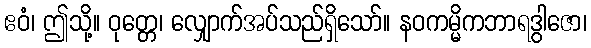
ဧဝံ၊ ဤသို့။ ဝုတ္တေ၊ လျှောက်အပ်သည်ရှိသော်။ နဝကမ္မိကဘာရဒွါဇော၊